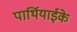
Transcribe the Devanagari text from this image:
पार्थियाईके